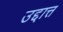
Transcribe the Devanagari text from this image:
उद्दात्त